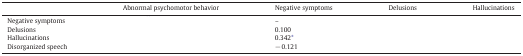
<table><thead><tr><td>[EMPTY_CELL]</td><td><b>Abnormal psychomotor behavior</b></td><td><b>Negative symptoms</b></td><td><b>Delusions</b></td><td><b>Hallucinations</b></td></tr></thead><tbody><tr><td>Negative symptoms</td><td>[EMPTY_CELL]</td><td>–</td><td>[EMPTY_CELL]</td><td>[EMPTY_CELL]</td></tr><tr><td>Delusions</td><td>[EMPTY_CELL]</td><td>0.100</td><td>[EMPTY_CELL]</td><td>[EMPTY_CELL]</td></tr><tr><td>Hallucinations</td><td>[EMPTY_CELL]</td><td>0.342⁎</td><td>[EMPTY_CELL]</td><td>[EMPTY_CELL]</td></tr><tr><td>Disorganized speech</td><td>[EMPTY_CELL]</td><td>− 0.121</td><td>[EMPTY_CELL]</td><td>[EMPTY_CELL]</td></tr></tbody></table>